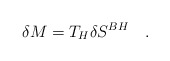
\begin{align*}\delta M=T_H\delta S^{BH}~~~.\end{align*}